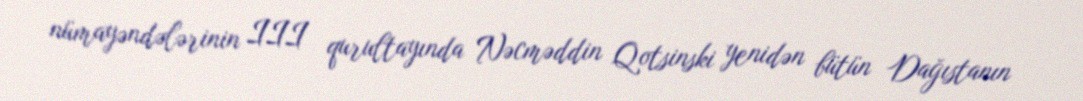
nümayəndələrinin III qurultayında Nəcməddin Qotsinski yenidən bütün Dağıstanın